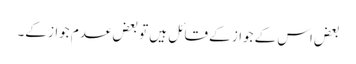
بعض اس کے جواز کے قائل ہیں تو بعض عدم جواز کے۔